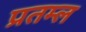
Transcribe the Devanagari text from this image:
प्रतम्ल